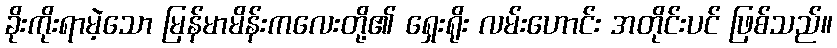
ခိုးကိုးရာမဲ့သော မြန်မာမိန်းကလေးတို့၏ ရှေးရိုး လမ်းဟောင်း အတိုင်းပင် ဖြစ်သည်။